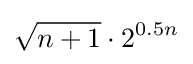
{\sqrt {n+1}}\cdot 2^{0.5n}